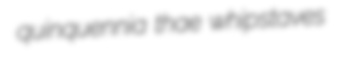
quinquennia thae whipstaves